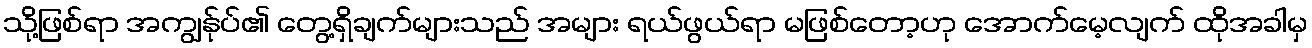
သို့ဖြစ်ရာ အကျွန်ုပ်၏ တွေ့ရှိချက်များသည် အများ ရယ်ဖွယ်ရာ မဖြစ်တော့ဟု အောက်မေ့လျက် ထိုအခါမှ